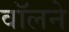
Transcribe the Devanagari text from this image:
वॉलने